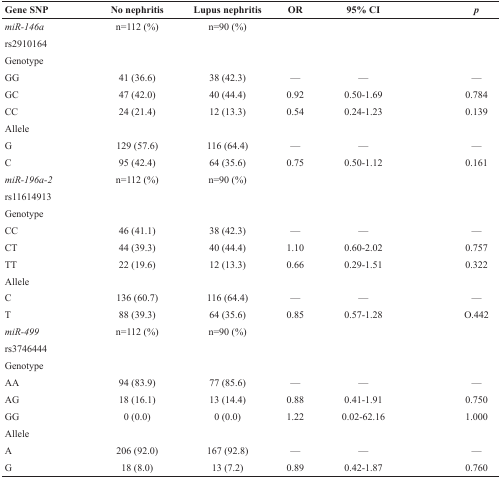
<table><thead><tr><td><b>Gene SNP</b></td><td><b>No nephritis</b></td><td><b>Lupus nephritis</b></td><td><b>OR</b></td><td><b>95% CI</b></td><td><b><i>p</i></b></td></tr></thead><tbody><tr><td><i>miR-146a</i></td><td>n=112 (%)</td><td>n=90 (%)</td><td>[EMPTY_CELL]</td><td>[EMPTY_CELL]</td><td>[EMPTY_CELL]</td></tr><tr><td>rs2910164</td><td>[EMPTY_CELL]</td><td>[EMPTY_CELL]</td><td>[EMPTY_CELL]</td><td>[EMPTY_CELL]</td><td>[EMPTY_CELL]</td></tr><tr><td>Genotype</td><td>[EMPTY_CELL]</td><td>[EMPTY_CELL]</td><td>[EMPTY_CELL]</td><td>[EMPTY_CELL]</td><td>[EMPTY_CELL]</td></tr><tr><td>GG</td><td>41 (36.6)</td><td>38 (42.3)</td><td>—</td><td>—</td><td>—</td></tr><tr><td>GC</td><td>47 (42.0)</td><td>40 (44.4)</td><td>0.92</td><td>0.50-1.69</td><td>0.784</td></tr><tr><td>CC</td><td>24 (21.4)</td><td>12 (13.3)</td><td>0.54</td><td>0.24-1.23</td><td>0.139</td></tr><tr><td>Allele</td><td>[EMPTY_CELL]</td><td>[EMPTY_CELL]</td><td>[EMPTY_CELL]</td><td>[EMPTY_CELL]</td><td>[EMPTY_CELL]</td></tr><tr><td>G</td><td>129 (57.6)</td><td>116 (64.4)</td><td>—</td><td>—</td><td>—</td></tr><tr><td>C</td><td>95 (42.4)</td><td>64 (35.6)</td><td>0.75</td><td>0.50-1.12</td><td>0.161</td></tr><tr><td><i>miR-196a-2</i></td><td>n=112 (%)</td><td>n=90 (%)</td><td>[EMPTY_CELL]</td><td>[EMPTY_CELL]</td><td>[EMPTY_CELL]</td></tr><tr><td>rs11614913</td><td>[EMPTY_CELL]</td><td>[EMPTY_CELL]</td><td>[EMPTY_CELL]</td><td>[EMPTY_CELL]</td><td>[EMPTY_CELL]</td></tr><tr><td>Genotype</td><td>[EMPTY_CELL]</td><td>[EMPTY_CELL]</td><td>[EMPTY_CELL]</td><td>[EMPTY_CELL]</td><td>[EMPTY_CELL]</td></tr><tr><td>CC</td><td>46 (41.1)</td><td>38 (42.3)</td><td>—</td><td>—</td><td>—</td></tr><tr><td>CT</td><td>44 (39.3)</td><td>40 (44.4)</td><td>1.10</td><td>0.60-2.02</td><td>0.757</td></tr><tr><td>TT</td><td>22 (19.6)</td><td>12 (13.3)</td><td>0.66</td><td>0.29-1.51</td><td>0.322</td></tr><tr><td>Allele</td><td>[EMPTY_CELL]</td><td>[EMPTY_CELL]</td><td>[EMPTY_CELL]</td><td>[EMPTY_CELL]</td><td>[EMPTY_CELL]</td></tr><tr><td>C</td><td>136 (60.7)</td><td>116 (64.4)</td><td>—</td><td>—</td><td>—</td></tr><tr><td>T</td><td>88 (39.3)</td><td>64 (35.6)</td><td>0.85</td><td>0.57-1.28</td><td>O.442</td></tr><tr><td><i>miR-499</i></td><td>n=112 (%)</td><td>n=90 (%)</td><td>[EMPTY_CELL]</td><td>[EMPTY_CELL]</td><td>[EMPTY_CELL]</td></tr><tr><td>rs3746444</td><td>[EMPTY_CELL]</td><td>[EMPTY_CELL]</td><td>[EMPTY_CELL]</td><td>[EMPTY_CELL]</td><td>[EMPTY_CELL]</td></tr><tr><td>Genotype</td><td>[EMPTY_CELL]</td><td>[EMPTY_CELL]</td><td>[EMPTY_CELL]</td><td>[EMPTY_CELL]</td><td>[EMPTY_CELL]</td></tr><tr><td>AA</td><td>94 (83.9)</td><td>77 (85.6)</td><td>—</td><td>—</td><td>—</td></tr><tr><td>AG</td><td>18 (16.1)</td><td>13 (14.4)</td><td>0.88</td><td>0.41-1.91</td><td>0.750</td></tr><tr><td>GG</td><td>0 (0.0)</td><td>0 (0.0)</td><td>1.22</td><td>0.02-62.16</td><td>1.000</td></tr><tr><td>Allele</td><td>[EMPTY_CELL]</td><td>[EMPTY_CELL]</td><td>[EMPTY_CELL]</td><td>[EMPTY_CELL]</td><td>[EMPTY_CELL]</td></tr><tr><td>A</td><td>206 (92.0)</td><td>167 (92.8)</td><td>—</td><td>—</td><td>—</td></tr><tr><td>G</td><td>18 (8.0)</td><td>13 (7.2)</td><td>0.89</td><td>0.42-1.87</td><td>0.760</td></tr></tbody></table>